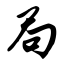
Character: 局